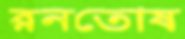
রনতোষ